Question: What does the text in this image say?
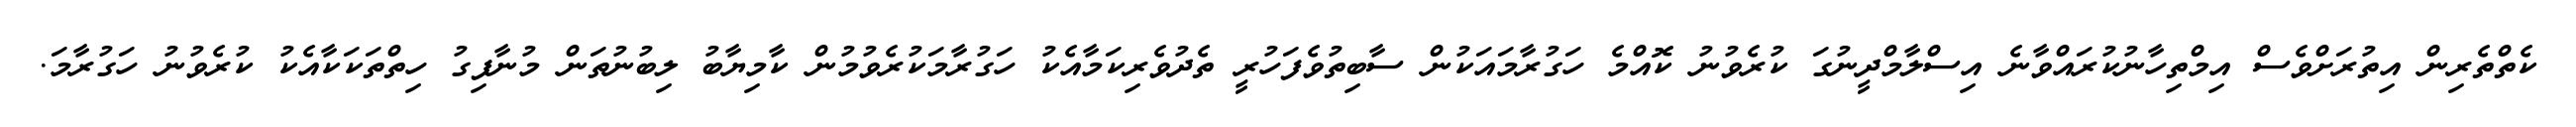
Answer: ކެތްތެރިން އިތުރަށްވެސް އިމްތިހާނުކުރައްވާނެ އިސްލާމްދީނުގަ ކުރެވުނު ކޮއްމެ ހަގުރާމައަކުން ސާބިތުވެފަހުރީ ތެދުވެރިކަމާއެކު ހަގުރާމަކުރެވުމުން ކާމިޔާބު ލިބުނުތަން މުނާފިގު ހިތްތަކަކާއެކު ކުރެވުނު ހަގުރާމަ.